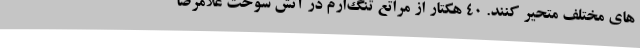
های مختلف متحیر کنند. 40 هکتار از مراتع تنگ‌ارم در آتش سوخت غلامرضا